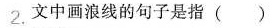
2.文中画浪线的句子是指( )